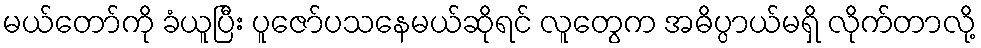
မယ်တော်ကို ခံယူပြီး ပူဇော်ပသနေမယ်ဆိုရင် လူတွေက အဓိပ္ပာယ်မရှိ လိုက်တာလို့